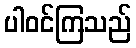
ပါဝင်ကြသည်